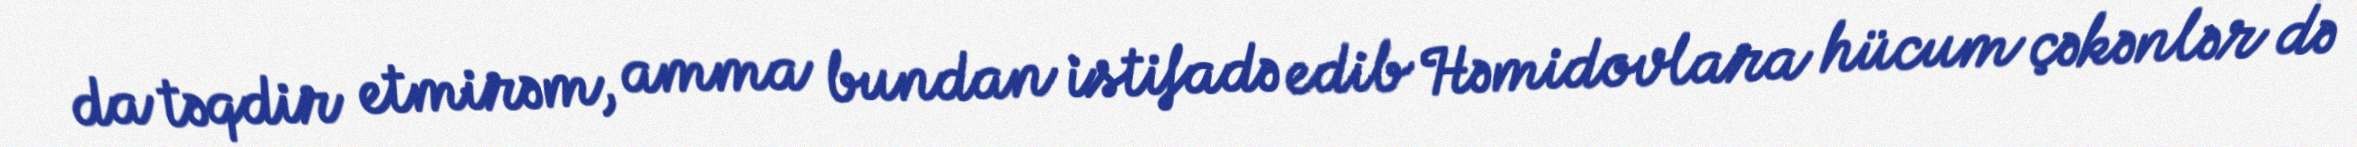
da təqdir etmirəm, amma bundan istifadə edib Həmidovlara hücum çəkənlər də